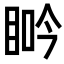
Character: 𥆽